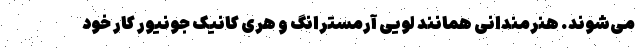
می‌شوند. هنرمندانی همانند لویی آرمسترانگ و هری کانیک جونیور کار خود